General report no. 6 on the lunatic asylums, vaccination and dispensaries in the Bengal Presidency, 1873 -
Year: 1873
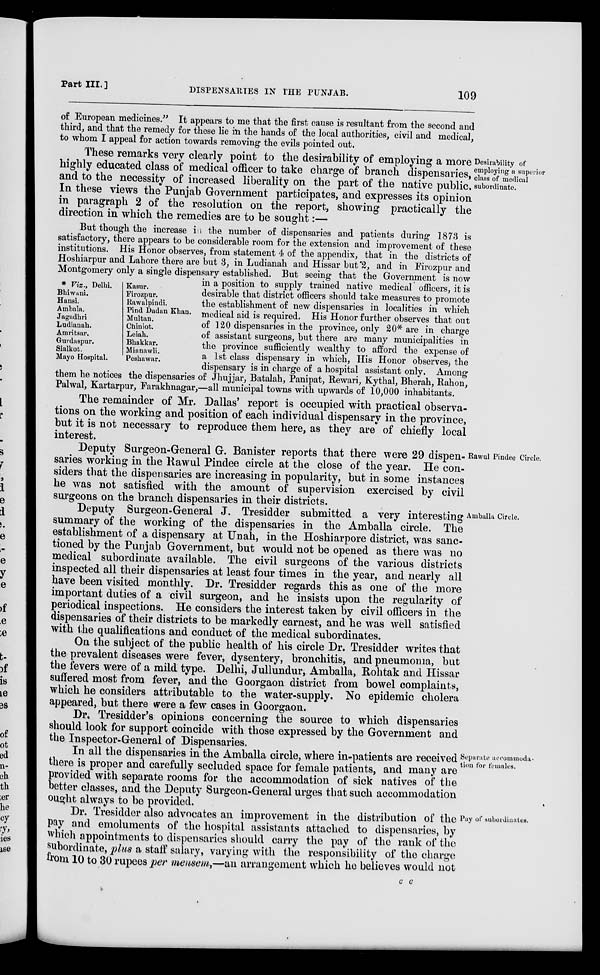
Part III,]
DISPENSARIES IN THE PUNJAB.
109
of European medicines." It appears to me that the first cause is resultant from the second and
third, and that the remedy for these lie in the hands of the local authorities, civil and medical,
to whom I appeal for action towards removing the evils pointed out.
Desirability of
employing a superior
class of medical
subordinate.
These remarks very clearly point to the desirability of employing a more
highly educated class of medical officer to take charge of branch dispensaries,
and to the necessity of increased liberality on the part of the native public.
In these views the Punjab Government participates, and expresses its opinion
in paragraph 2 of the resolution on the report, showing practically the
direction in which the remedies are to be sought:—
* Viz. y Delhi.
Bhiwani.
Hansi.
Ambnla.
Jagadhri
Ludianah.
Amritsar.
Guvdaspur.
Sialkot.
Mayo Hospital.
Kasur.
Firozpur.
Rawalpindi.
Pind Dadan Khan.
Multan.
Chiniot.
Leiah.
Bhakkar.
Mianawli.
Peshawar.
But though the increase in the number of dispensaries and patients during 1873 is
satisfactory, there appears to be considerable room for the extension and improvement of these
institutions. His Honor observes, from statement 4 of the appendix, that in the districts of
Hoshiarpur and Lahore there are but 3, in Ludianah and Hissar but 2, and in Firozpur and
Montgomery only a single dispensary established. But seeing that the Government is now
in a position to supply trained native medical officers, it is
desirable that district officers should take measures to promote
the establishment of new dispensaries in localities in which
medical aid is required. His Honor further observes that out
of 120 dispensaries in the province, only 20* are in charge
of assistant surgeons, but there are many municipalities in
the province sufficiently wealthy to afford the expense of
a 1st class dispensary in which, His Honor observes, the
dispensary is in charge of a hospital assistant only. Among
them he notices the dispensaries of Jhujjar, Batalah, Panipat, Rewari, Kythal, Bherah, Rahon,
Palwal, Kartarpur, Farakhnagar,—all municipal towns with upwards of 10,000 inhabitants.
The remainder of Mr. Dallas' report is occupied with practical observa-
tions on the working and position of each individual dispensary in the province,
but it is not necessary to reproduce them here, as they are of chiefly local
interest.
Rawul Pindee Circle.
Deputy Surgeon-General G. Banister reports that there were 29 dispen-
saries working in the Rawul Pindee circle at the close of the year. He con-
siders that the dispensaries are increasing in popularity, but in some instances
he was not satisfied with the amount of supervision exercised by civil
surgeons on the branch dispensaries in their districts.
Amballa Circle.
Deputy Surgeon-General J. Tresidder submitted a very interesting
summary of the working of the dispensaries in the Amballa circle. The
establishment of a dispensary at Unah, in the Hoshiarpore district, was sanc-
tioned by the Punjab Government, but would not be opened as there was no
medical subordinate available. The civil surgeons of the various districts
inspected all their dispensaries at least four times in the year, and nearly all
have been visited monthly. Dr. Tresidder regards this as one of the more
important duties of a civil surgeon, and he insists upon the regularity of
periodical inspections. He considers the interest taken by civil officers in the
dispensaries of their districts to be markedly earnest, and he was well satisfied
with the qualifications and conduct of the medical subordinates.
On the subject of the public health of his circle Dr. Tresidder writes that
the prevalent diseases were fever, dysentery, bronchitis, and pneumonia, but
the fevers were of a mild type. Delhi, Jullundur, Amballa, Rohtak and Hissar
suffered most from fever, and the Goorgaon district from bowel complaints,
which he considers attributable to the water-supply. No epidemic cholera
appeared, but there were a few cases in Goorgaon.
Dr. Tresidder's opinions concerning the source to which dispensaries
should look for support coincide with those expressed by the Government and
the Inspector-General of Dispensaries.
Separate accommoda¬
tion for females.
In all the dispensaries in the Amballa circle, where in-patients are received
there is proper and carefully secluded space for female patients, and many are
provided with separate rooms for the accommodation of sick natives of the
better classes, and the Deputy Surgeon-General urges that such accommodation
ought always to be provided.
Pay of subordinates.
Dr. Tresidder also advocates an improvement in the distribution of the
pay and emoluments of the hospital assistants attached to dispensaries, by
which appointments to dispensaries should carry the pay of the rank of the
subordinate, plus a staff salary, varying with the responsibility of the charge
from 10 to 30 rupees per mensem,—an arrangement which he believes would not
c c